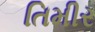
તિમીર